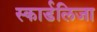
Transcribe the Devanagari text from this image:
स्कार्डलिजा